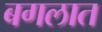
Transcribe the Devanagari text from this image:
बगलात